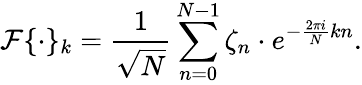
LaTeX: \mathcal{F}\{ \cdot\} _{k}=\frac{1}{\sqrt{N}}\sum_{n=0}^{N-1}\zeta_{n}\cdot e^{-\frac{2\pi i}{N}kn}.